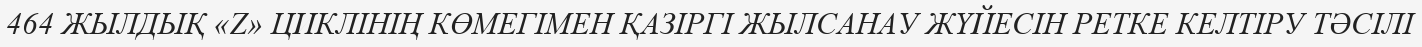
464 ЖЫЛДЫҚ «Z» ЦИКЛІНІҢ КӨМЕГІМЕН ҚАЗІРГІ ЖЫЛСАНАУ ЖҮЙЕСІН РЕТКЕ КЕЛТІРУ ТӘСІЛІ